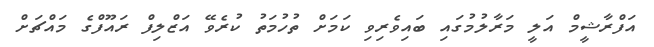
އަފްރާޝީމް އަލީ މަރާލުމުގައި ބައިވެރިވި ކަމަށް ތުހުމަތު ކުރެވޭ އަޒްލިފް ރައޫފްގެ މައްޗަށް